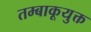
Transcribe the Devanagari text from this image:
तम्बाकूयुक्त